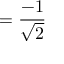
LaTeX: = { \frac { - 1 } { \sqrt { 2 } } }